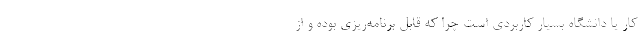
کار یا دانشگاه بسیار کاربردی است چرا که قابل برنامه‌ریزی بوده و از